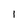
Character: 1